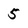
Character: 5